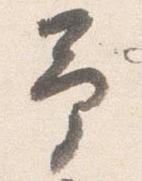
予